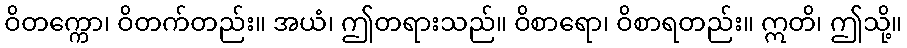
ဝိတက္ကော၊ ဝိတက်တည်း။ အယံ၊ ဤတရားသည်။ ဝိစာရော၊ ဝိစာရတည်း။ ဣတိ၊ ဤသို့။